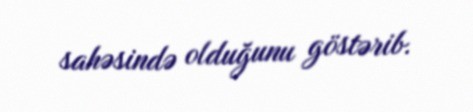
sahəsində olduğunu göstərib.